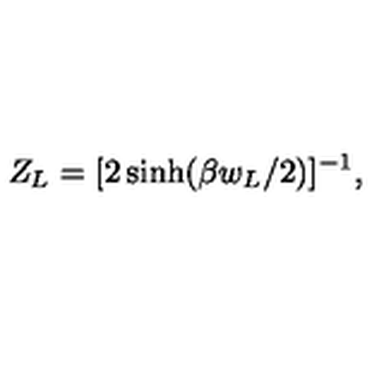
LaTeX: Z _ { L } = [ 2 \sinh ( \beta w _ { L } / 2 ) ] ^ { - 1 } ,